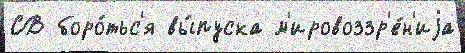
СВ боро́тьс'я вы́пуска м'ировоззр'е́н'иjа